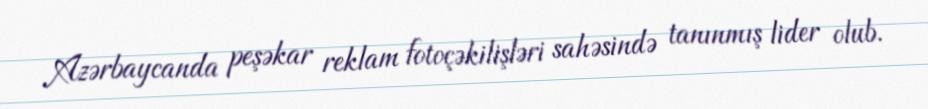
Azərbaycanda peşəkar reklam fotoçəkilişləri sahəsində tanınmış lider olub.